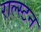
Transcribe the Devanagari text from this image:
राल्स्टन